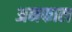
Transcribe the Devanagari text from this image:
अनफाल